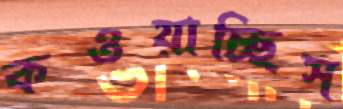
কওয়াচ্ছিস